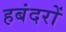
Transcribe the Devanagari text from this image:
हबंदरों